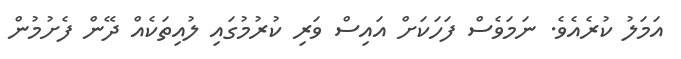
އަމަލު ކުރެއެވެ. ނަމަވެސް ފަހަކަށް އައިސް ވަރި ކުރުމުގައި ލުއިތަކެއް ދޭން ފެށުމުން